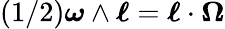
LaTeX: (1/2)\boldsymbol{\omega}\wedge\boldsymbol{\ell}=\boldsymbol{\ell}\cdot\boldsymbol{\Omega}